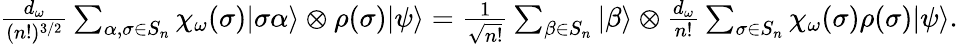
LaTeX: \begin{array}{r}{\frac{d_{\omega}}{(n!)^{3/2}}\sum_{\alpha,\sigma\in S_{n}}\chi_{\omega}(\sigma)|\sigma\alpha\rangle\otimes\rho(\sigma)|\psi\rangle=\frac{1}{\sqrt{n!}}\sum_{\beta\in S_{n}}|\beta\rangle\otimes\frac{d_{\omega}}{n!}\sum_{\sigma\in S_{n}}\chi_{\omega}(\sigma)\rho(\sigma)|\psi\rangle.}\end{array}